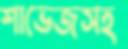
শাভেজসহ